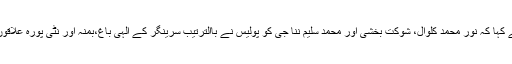
پارٹی کے ترجمان نے کہا کہ نور محمد کلوال، شوکت بخشی اور محمد سلیم ننا جی کو پولیس نے باالترتیب سرینگر کے الٰہی باغ،بمنہ اور نٹی پورہ علاقوں سے حراست میں لیا۔